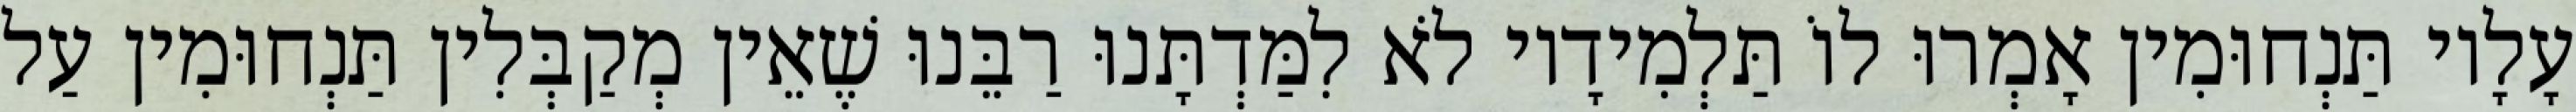
עָלָיו תַּנְחוּמִין אָמְרוּ לוֹ תַּלְמִידָיו לֹא לִמַּדְתָּנוּ רַבֵּנוּ שֶׁאֵין מְקַבְּלִין תַּנְחוּמִין עַל